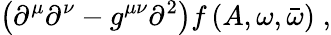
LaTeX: \left(\partial^{\mu}\partial^{\nu}-g^{\mu\nu}\partial^{2}\right)f\left(A,\omega,\bar{\omega}\right)\; ,